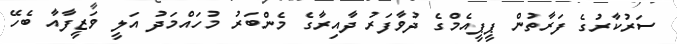
ސަރުކާރުގެ ފަރާތުން ޕީޕީއެމްގެ ދުވާފަރު ދާއިރާގެ މެންބަރު މުހައްމަދު އަލީ ވަޒީފާއާ ބެހޭ